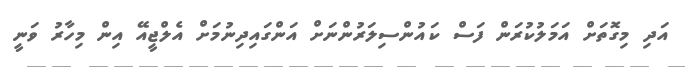
އަދި މިގޮތަށް އަމަލުކުރަން ފަސް ކައުންސިލަރުންނަށް އަންގައިދިނުމަށް އެލްޖީއޭ އިން މިހާރު ވަނީ